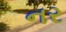
નર